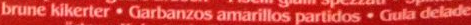
brune kikerter. Garbanzos amarillos partidos.Guta delade